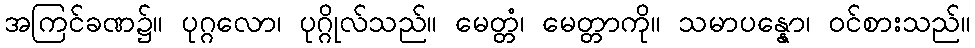
အကြင်ခဏ၌။ ပုဂ္ဂလော၊ ပုဂ္ဂိုလ်သည်။ မေတ္တံ၊ မေတ္တာကို။ သမာပန္နော၊ ဝင်စားသည်။